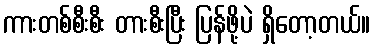
ကားတစ်စီးစီး တားစီးပြီး ပြန်ဖို့ပဲ ရှိတော့တယ်။